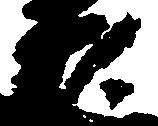
頼